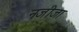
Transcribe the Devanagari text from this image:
नजीजा